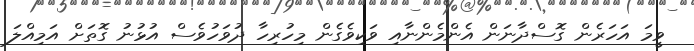
ވީމަ އަހަރެން ގޮސްދާނަން އެންމެންނާއި ވަކިވެގެން މިހުރިހާ ދުވަހުވެސް އުޅުނު ގޮތަށް އަމިއްލަ